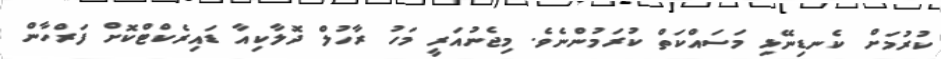
ކުރުމަށް ކެނޑިނޭޅި މަސައްކަތް ކުރަމުންނެވެ. މިޖެނުއަރީ މަހު ރާހުލް ދޮލާކިއާ ޑައިރެކްޓްކޮށް ފަރްހާން